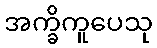
အက္ခိကူပေသု